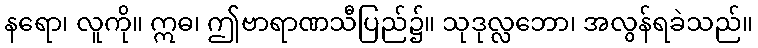
နရော၊ လူကို။ ဣဓ၊ ဤဗာရာဏသီပြည်၌။ သုဒုလ္လဘော၊ အလွန်ရခဲသည်။